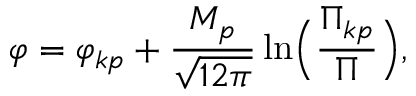
\varphi = { \varphi _ { k p } } + \frac { M _ { p } } { \sqrt { 1 2 \pi } } \ln \Bigl ( \frac { { \Pi } _ { k p } } { \Pi } \Bigr ) ,